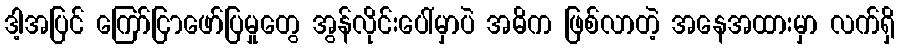
ဒါ့အပြင် ကြော်ငြာဖော်ပြမှုတွေ အွန်လိုင်းပေါ်မှာပဲ အဓိက ဖြစ်လာတဲ့ အနေအထားမှာ လက်ရှိ